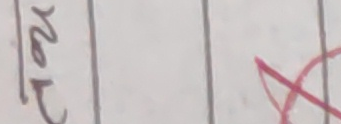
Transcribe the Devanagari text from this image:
तर